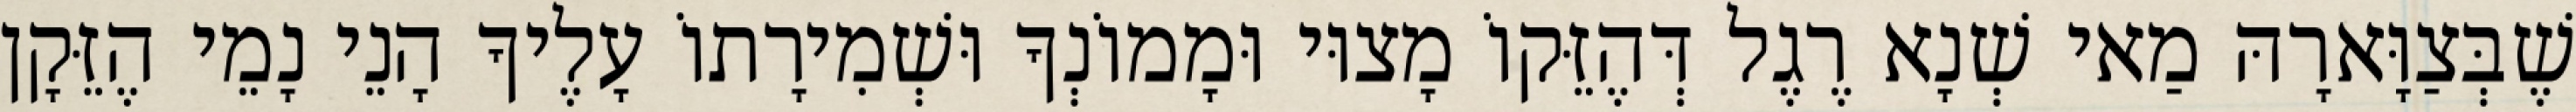
שֶׁבְּצַוָּארָהּ מַאי שְׁנָא רֶגֶל דְּהֶזֵּקוֹ מָצוּי וּמָמוֹנְךָ וּשְׁמִירָתוֹ עָלֶיךָ הָנֵי נָמֵי הֶזֵּקָן